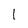
Character: 1